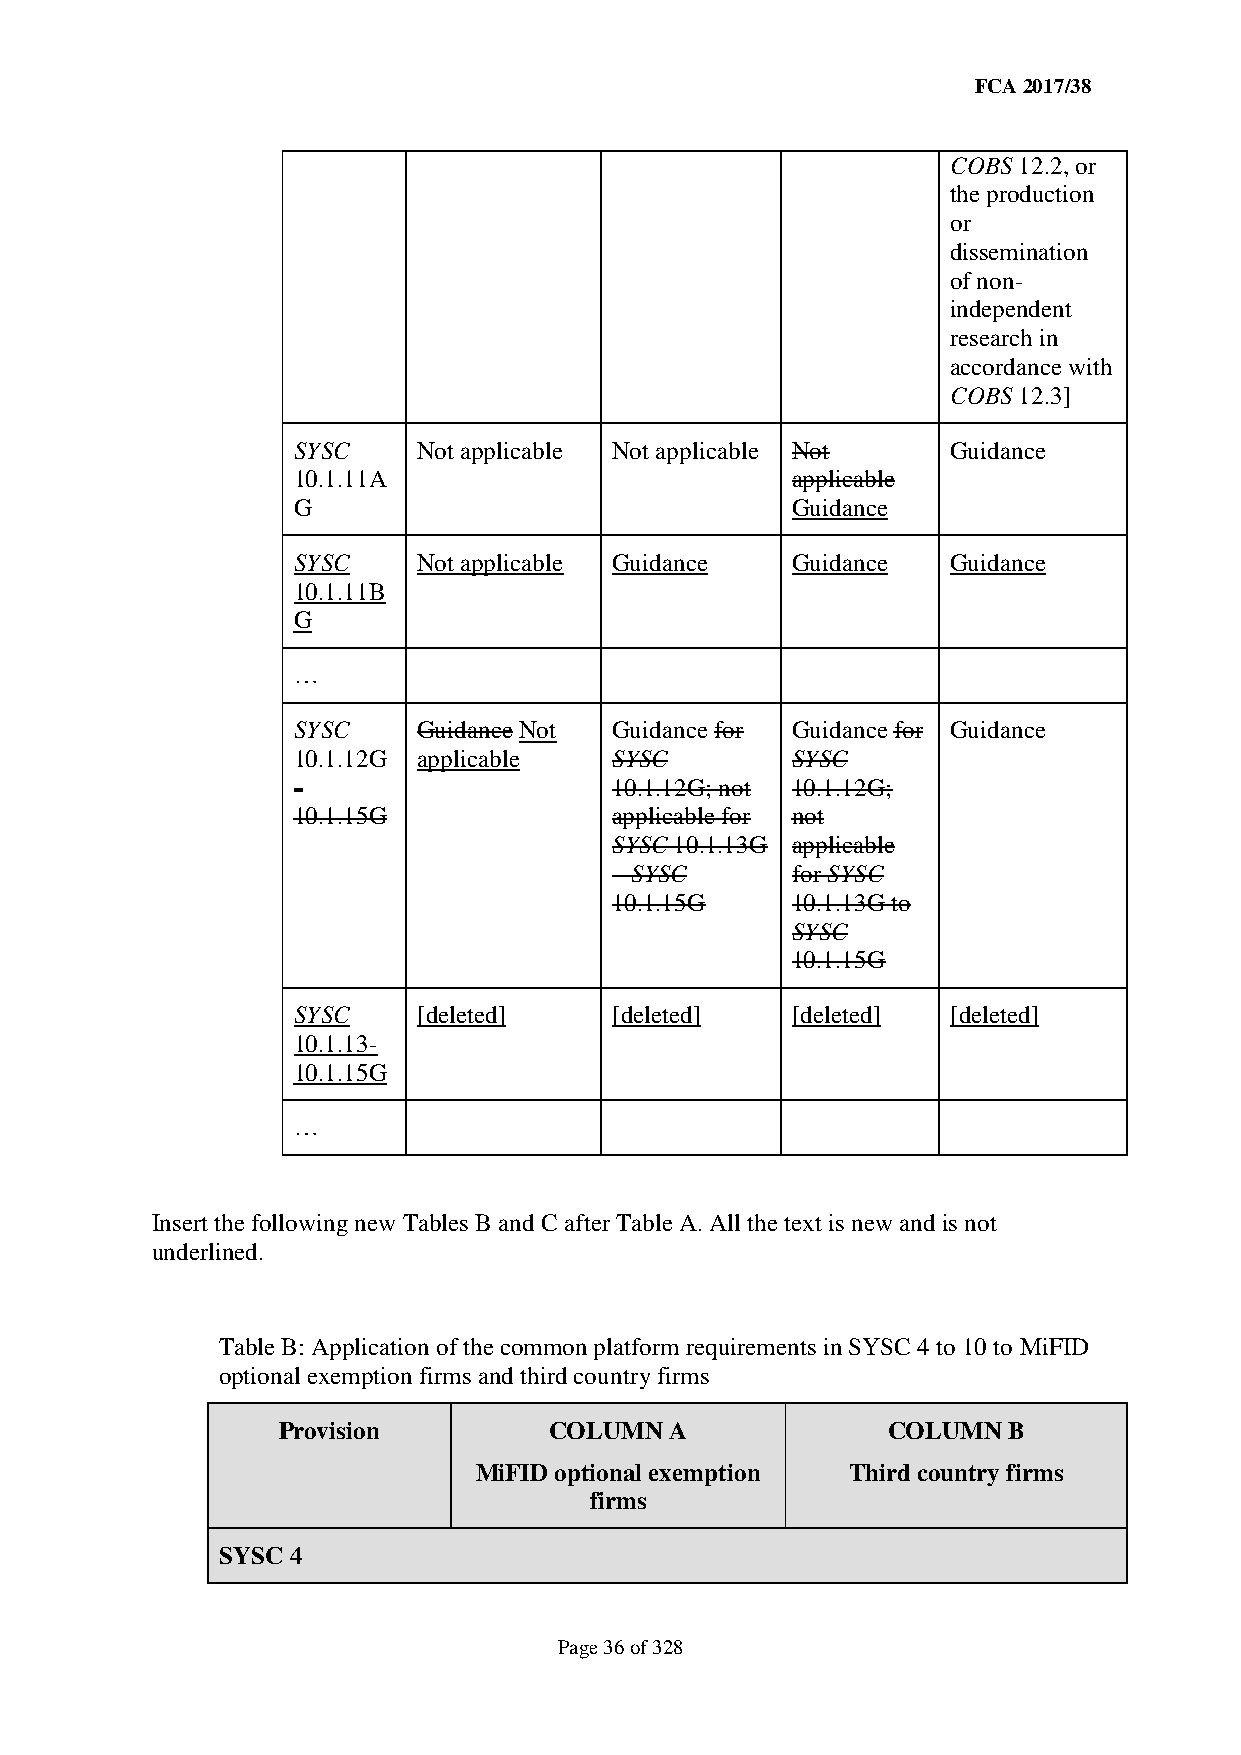
FCA 2017/38
 COBS 12.2, or
 the production
 or
 dissemination
 of non-
 independent
 research in
 accordance with
 COBS 12.3]
 SYSC     Not applicable Not applicable Not  Guidance
 10.1.11A                         applicable
 G                                Guidance
 SYSC     Not applicable Guidance Guidance   Guidance
 10.1.11B
 G
 …
 SYSC     Guidance Not Guidance for Guidance for Guidance
 10.1.12G applicable   SYSC       SYSC
 -                     10.1.12G; not 10.1.12G;
 10.1.15G              applicable for not
 SYSC 10.1.13G applicable
 – SYSC     for SYSC
 10.1.15G   10.1.13G to
 SYSC
 10.1.15G
 SYSC     [deleted]    [deleted]  [deleted]  [deleted]
 10.1.13-
 10.1.15G
 …
 Insert the following new Tables B and C after Table A. All the text is new and is not
 underlined.
 Table B: Application of the common platform requirements in SYSC 4 to 10 to MiFID
 optional exemption firms and third country firms
 Provision         COLUMN  A              COLUMN  B
 MiFID optional exemption Third country firms
 firms
 SYSC 4
 Page 36 of 328